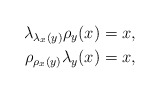
\begin{align*}\lambda_{\lambda_{x}(y)}\rho_{y}(x)=x,\\\rho_{\rho_{x}(y)}\lambda_{y}(x)=x,\end{align*}